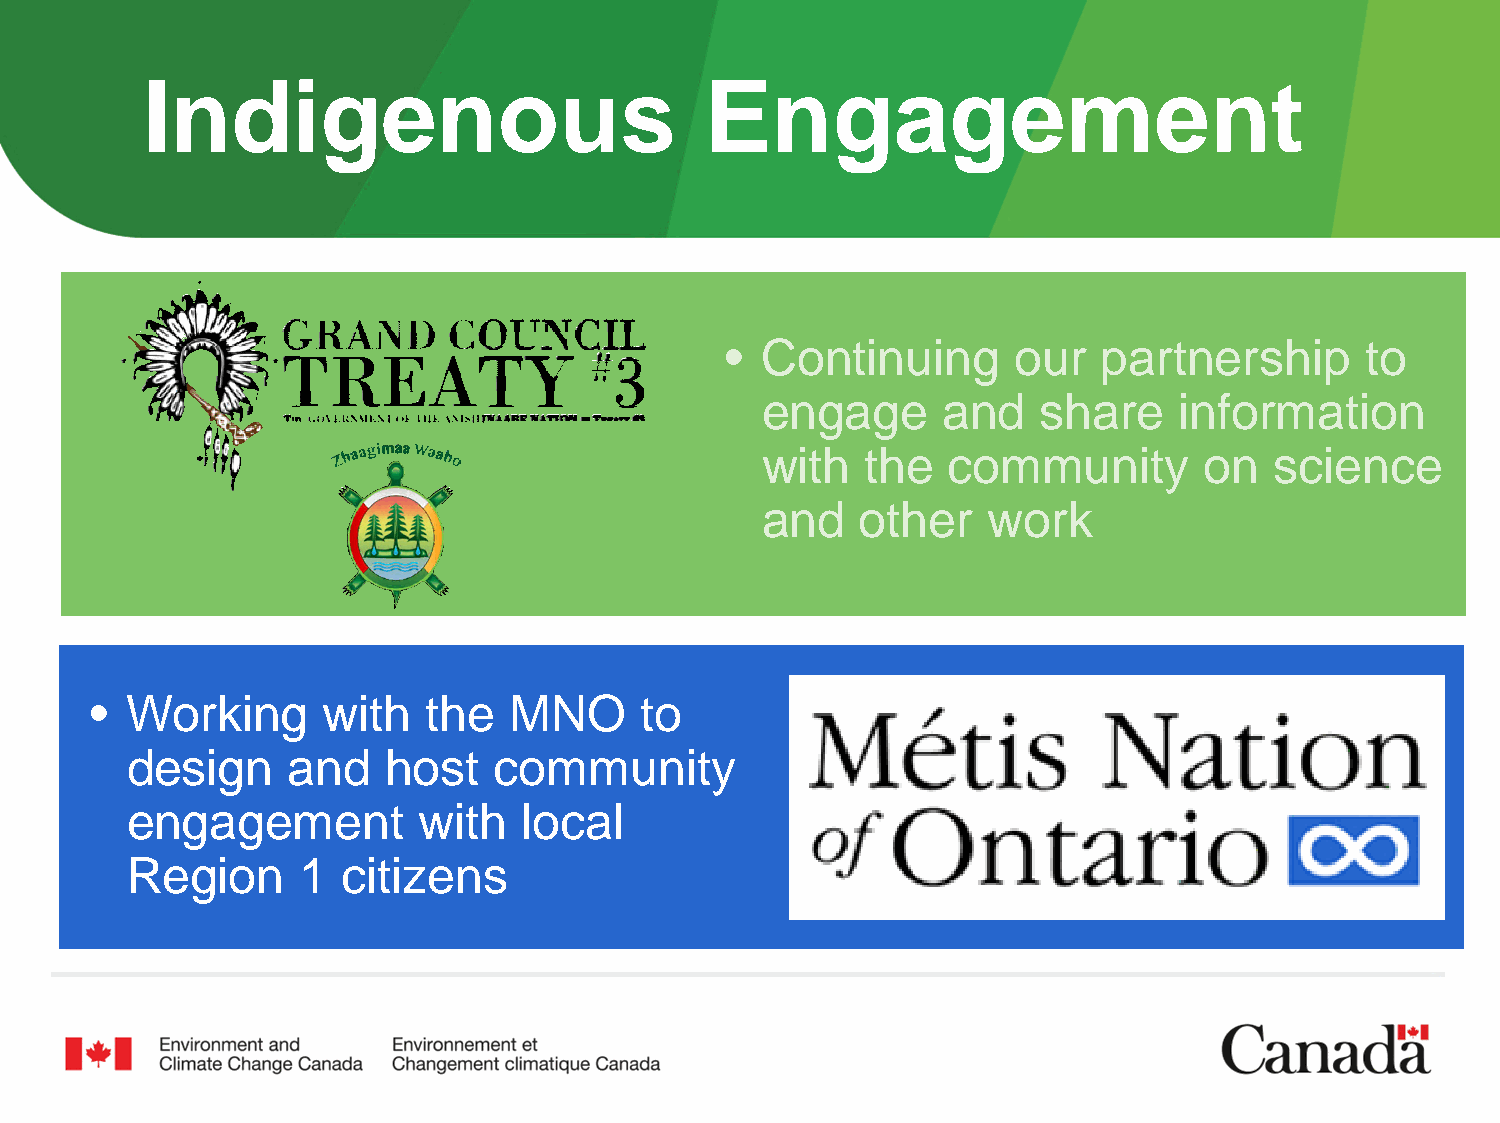
Indigenous                            Engagement
 • Continuing       our   partnership      to
 engage      and    share    information
 with   the   community        on  science
 and    other   work
 • Working      with   the   MNO     to
 design     and    host   community
 engagement          with   local
 Region      1  citizens